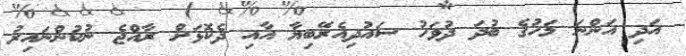
އަދި އަންނަ މަހުގެ ބުދަ ދުވަހު ސައުދިއެރޭބިޔާ އާއި ދެކޮޅަށް ރާއްޖެ ނުކުންނައިރު